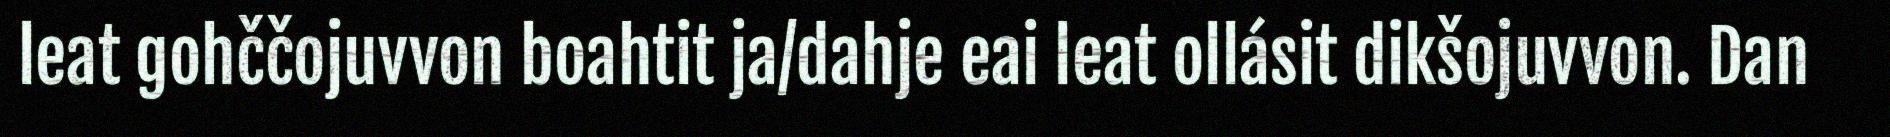
leat gohččojuvvon boahtit ja/dahje eai leat ollásit dikšojuvvon. Dan